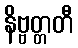
နိဗ္ဗတ္တတီ